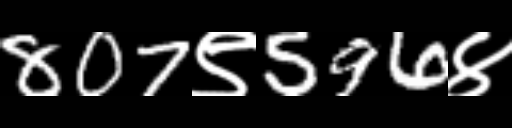
Text: 807९596४